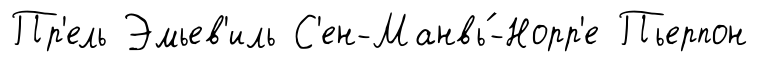
Пр'ель Эмьев'иль С'ен-Манвь́-Норр'е Пьерпон